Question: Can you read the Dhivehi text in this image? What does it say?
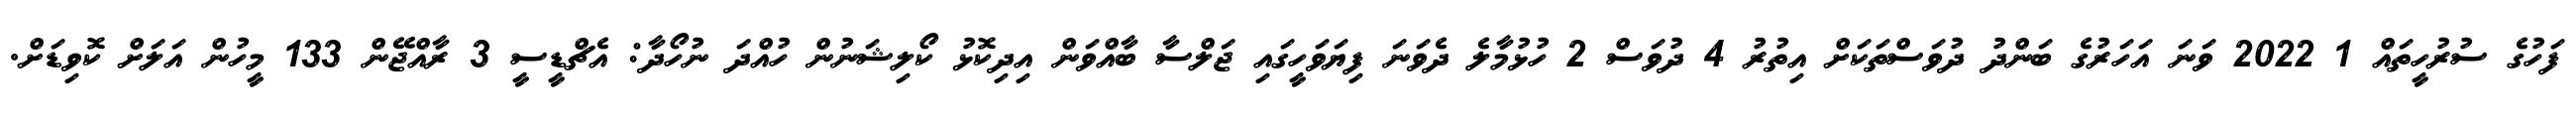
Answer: ފަހުގެ ސުރުހީތައް 1 2022 ވަނަ އަހަރުގެ ބަންދު ދުވަސްތަކަށް އިތުރު 4 ދުވަސް 2 ހުޅުމާލެ ދެވަނަ ފިޔަވަހީގައި ޖަލްސާ ބާއްވަން އިދިކޮޅު ކޯލިޝަނުން ހުއްދަ ނުހޯދާ: އެޗްޑީސީ 3 ރާއްޖޭން 133 މީހުން އަލަށް ކޮވިޑަށް.